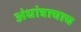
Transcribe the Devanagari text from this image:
अंधांत्राचाच